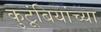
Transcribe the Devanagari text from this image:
कुटूंबियांच्या